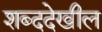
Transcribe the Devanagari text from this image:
शब्ददेखील